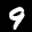
Label: 9